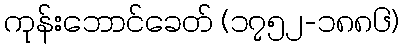
ကုန်းဘောင်ခေတ် (၁၇၅၂-၁၈၈၆)